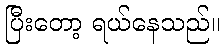
ပြီးတော့ ရယ်နေသည်။